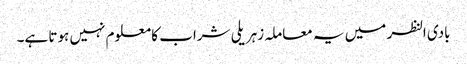
بادی النظر میں یہ معاملہ زہریلی شراب کا معلوم نہیں ہوتا ہے۔